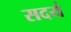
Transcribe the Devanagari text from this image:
सदयं